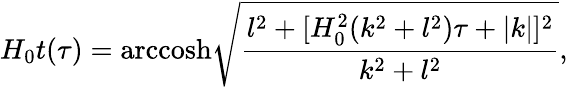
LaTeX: H_{0}t(\tau)=\mathrm{arccosh}\sqrt{\frac{l^{2}+[H_{0}^{2}(k^{2}+l^{2})\tau+|k|]^{2}}{k^{2}+l^{2}}},